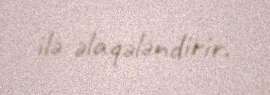
ilə əlaqələndirir.